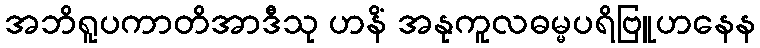
အဘိရူပကာတိအာဒီသု ဟနိံ အနုကူလဓမ္မပရိဗြူဟနေန